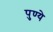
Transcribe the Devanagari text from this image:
पुण्ये